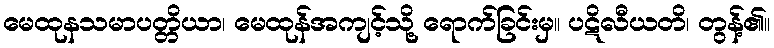
မေထုနသမာပတ္တိယာ၊ မေထုန်အကျင့်သို့ ရောက်ခြင်းမှ။ ပဋိလီယတိ၊ တွန့်၏။